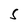
Character: S